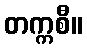
တက္ကစီ။